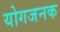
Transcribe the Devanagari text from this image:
योगजनक